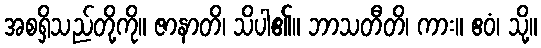
အစရှိသည်တို့ကို။ ဇာနာတိ၊ သိပါ၏။ ဘာသတီတိ၊ ကား။ ဧဝံ၊ သို့။